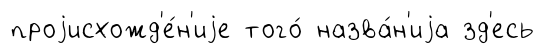
проjисхожд'е́н'иjе того́ назва́н'иjа зд'есь